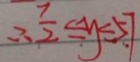
\therefore \frac { 7 } { 2 } \leq y = 5 7